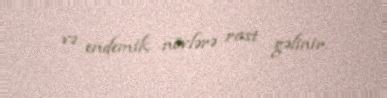
və endemik növlərə rast gəlinir.